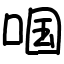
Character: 啯